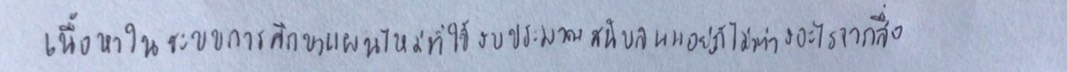
เนื้อหาในระบบการศึกษาแผนใหม่ที่ใช้งบประมาณสนับสนุนอยู่ก็ไม่ต่างอะไรจากสื่อ